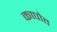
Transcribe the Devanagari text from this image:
कापोत